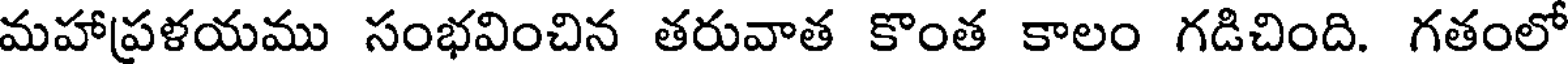
మహాప్రళయము సంభవించిన తరువాత కొంత కాలం గడిచింది. గతంలో